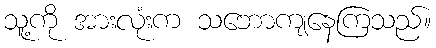
သူ့ကို အားလုံးက သဘောကျနေကြသည်။